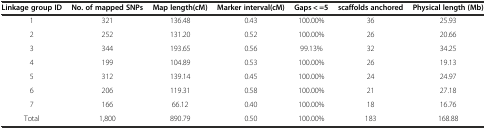
<table><thead><tr><td><b>Linkage group ID</b></td><td><b>No. of mapped SNPs</b></td><td><b>Map length(cM)</b></td><td><b>Marker interval(cM)</b></td><td><b>Gaps &lt; =5</b></td><td><b>scaffolds anchored</b></td><td><b>Physical length (Mb)</b></td></tr></thead><tbody><tr><td>1</td><td>321</td><td>136.48</td><td>0.43</td><td>100.00%</td><td>36</td><td>25.93</td></tr><tr><td>2</td><td>252</td><td>131.20</td><td>0.52</td><td>100.00%</td><td>26</td><td>20.66</td></tr><tr><td>3</td><td>344</td><td>193.65</td><td>0.56</td><td>99.13%</td><td>32</td><td>34.25</td></tr><tr><td>4</td><td>199</td><td>104.89</td><td>0.53</td><td>100.00%</td><td>26</td><td>19.13</td></tr><tr><td>5</td><td>312</td><td>139.14</td><td>0.45</td><td>100.00%</td><td>24</td><td>24.97</td></tr><tr><td>6</td><td>206</td><td>119.31</td><td>0.58</td><td>100.00%</td><td>21</td><td>27.18</td></tr><tr><td>7</td><td>166</td><td>66.12</td><td>0.40</td><td>100.00%</td><td>18</td><td>16.76</td></tr><tr><td>Total</td><td>1,800</td><td>890.79</td><td>0.50</td><td>100.00%</td><td>183</td><td>168.88</td></tr></tbody></table>